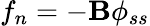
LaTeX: f_{n}=-\mathbf{B}\phi_{ss}